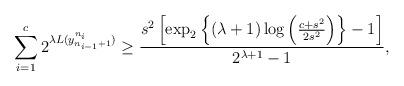
LaTeX: \begin{align*}\sum_{i=1}^c2^{\lambda L(y_{n_{i-1}+1}^{n_i})}\ge\frac{s^2\left[\exp_2\left\{(\lambda+1)\log\left(\frac{c+s^2}{2s^2}\right)\right\}-1\right]}{2^{\lambda+1}-1},\end{align*}